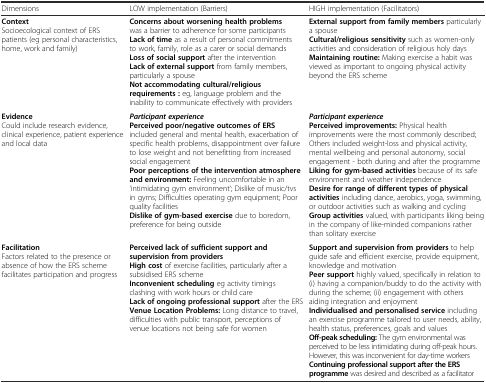
| Dimensions | LOW implementation (Barriers) | HIGH implementation (Facilitators) |
 | --- | --- | --- |
 | ContextSocioecological context of ERS patients (eg personal characteristics, home, work and family) | Concerns about worsening health problems was a barrier to adherence for some participantsLack of time as a result of personal commitments to work, family, role as a carer or social demandsLoss of social support after the interventionLack of external support from family members, particularly a spouseNot accommodating cultural/religious requirements : eg, language problem and the inability to communicate effectively with providers | External support from family members particularly a spouseCultural/religious sensitivity such as women-only activities and consideration of religious holy daysMaintaining routine: Making exercise a habit was viewed as important to ongoing physical activity beyond the ERS scheme |
 | Evidence Could include research evidence, clinical experience, patient experience and local data | Participant experiencePerceived poor/negative outcomes of ERS included general and mental health, exacerbation of specific health problems, disappointment over failure to lose weight and not benefitting from increased social engagementPoor perceptions of the intervention atmosphere and environment: Feeling uncomfortable in an ‘intimidating gym environment‘; Dislike of music/tvs in gyms; Difficulties operating gym equipment; Poor quality facilitiesDislike of gym-based exercise due to boredom, preference for being outside | Participant experiencePerceived improvements: Physical health improvements were the most commonly described; Others included weight-loss and physical activity, mental wellbeing and personal autonomy, social engagement - both during and after the programmeLiking for gym-based activities because of its safe environment and weather independenceDesire for range of different types of physical activities including dance, aerobics, yoga, swimming, or outdoor activities such as walking and cyclingGroup activities valued, with participants liking being in the company of like-minded companions rather than solitary exercise |
 | FacilitationFactors related to the presence or absence of how the ERS scheme facilitates participation and progress | Perceived lack of sufficient support and supervision from providersHigh cost of exercise facilities, particularly after a subsidised ERS schemeInconvenient scheduling eg activity timings clashing with work hours or child careLack of ongoing professional support after the ERSVenue Location Problems: Long distance to travel, difficulties with public transport, perceptions of venue locations not being safe for women | Support and supervision from providers to help guide safe and efficient exercise, provide equipment, knowledge and motivationPeer support highly valued, specifically in relation to (i) having a companion/buddy to do the activity with during the scheme; (ii) engagement with others aiding integration and enjoymentIndividualised and personalised service including an exercise programme tailored to user needs, ability, health status, preferences, goals and valuesOff-peak scheduling: The gym environmental was perceived to be less intimidating during off-peak hours. However, this was inconvenient for day-time workersContinuing professional support after the ERS programme was desired and described as a facilitator |